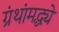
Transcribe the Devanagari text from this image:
ग्रंथांमद्ध्ये